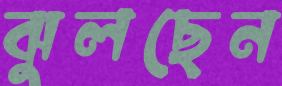
ঝুলছেন